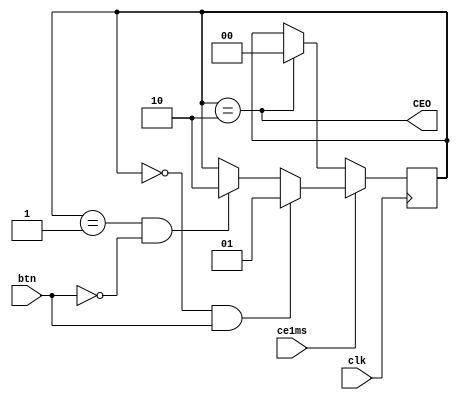
`timescale 1ns / 1ps
//////////////////////////////////////////////////////////////////////////////////
// Company: 
// Engineer: 
// 
// Design Name: 
// Module Name:    VBTNINC 
// Project Name: 
// Target Devices: 
// Tool versions: 
// Description: 
//
// Dependencies: 
//
// Revision: 
// Revision 0.01 - File Created
// Additional Comments: 
//
//////////////////////////////////////////////////////////////////////////////////
module VBTNINC(
	input clk,
	input ce1ms,
	input btn,
	output wire CEO
    );

reg [1:0] prs = 0;
assign CEO = (prs == 2);

always @ (posedge clk) begin
if (ce1ms)	prs <= ((prs == 0) & btn) ? 1 : ((prs == 1) & !btn)? 2 : prs;
else if (CEO) prs <= 0;
end

endmodule